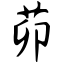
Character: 茆